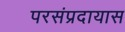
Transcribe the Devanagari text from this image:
परसंप्रदायास